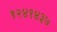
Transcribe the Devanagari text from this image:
१२४१४३७